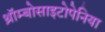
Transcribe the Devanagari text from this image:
थ्रॉम्बोसाइटोपेनिया